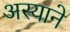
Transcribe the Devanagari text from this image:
अस्याने